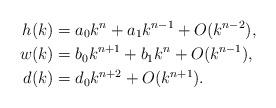
LaTeX: \begin{align*}h(k) &=a_0k^n+a_1k^{n-1}+O(k^{n-2}), \\ w(k) &= b_0k^{n+1}+b_1k^n+O(k^{n-1}), \\ d(k) &= d_0 k^{n+2} + O(k^{n+1}).\end{align*}